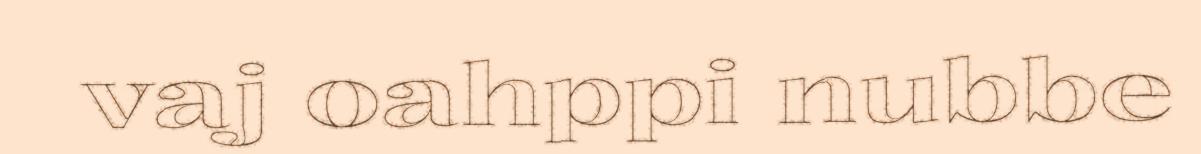
vaj oahppi nubbe